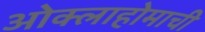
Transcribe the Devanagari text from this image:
ओक्लाहोमाची